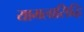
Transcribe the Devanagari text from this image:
यामलासिद्धि